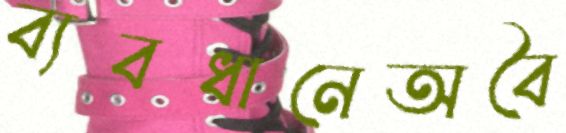
ব্যবধানেঅবৈ